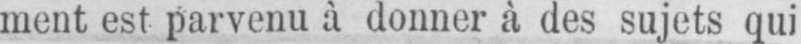
ment est parvenu à donner à des sujets qui